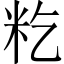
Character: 籺